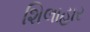
શિલાહાર